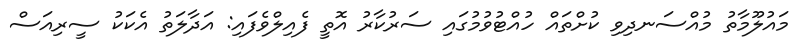
މައުލޫމާތު މުއްސަނދިވި ކުށްތައް ހުއްޓުވުމުގައި ސަރުކާރު އޮތީ ފެއިލްވެފައި: އަދާލަތު އެކަކު ސީރިއަސް